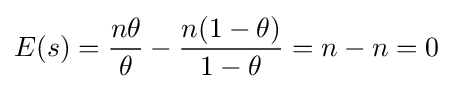
E(s)={\frac {n\theta }{\theta }}-{\frac {n(1-\theta )}{1-\theta }}=n-n=0